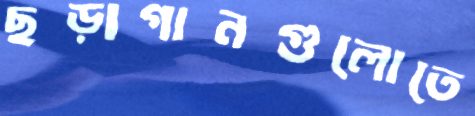
ছড়াগানগুলোতে